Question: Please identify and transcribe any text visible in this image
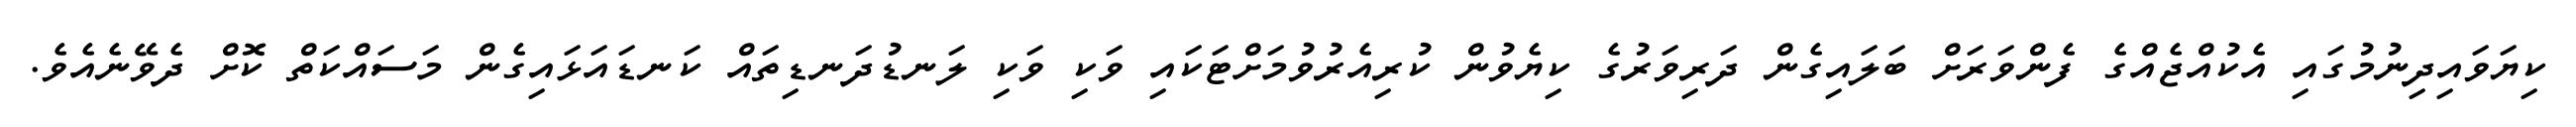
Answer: ކިޔަވައިދިނުމުގައި އެކުއްޖެއްގެ ފެންވަރަށް ބަލައިގެން ދަރިވަރުގެ ކިޔެވުން ކުރިއެރުވުމަށްޓަކައި ވަކި ވަކި ލަނޑުދަނޑިތައް ކަނޑައަޅައިގެން މަސައްކަތް ކޮށް ދެވޭނެއެވެ.